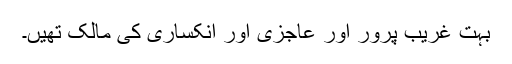
بہت غریب پرور اور عاجزی اور انکساری کی مالک تھیں۔